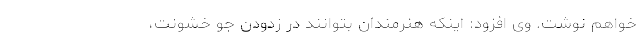
خواهم نوشت. وی افزود: اینکه هنرمندان بتوانند در زدودن جوّ خشونت،